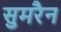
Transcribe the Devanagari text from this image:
सुमरैन